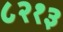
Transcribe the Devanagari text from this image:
८२१३